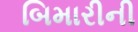
બિમારીની